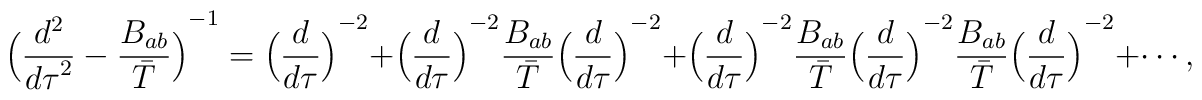
{\Bigl({d^2\over {d\tau}^2}-{B_{ab}\over \bar T}\Bigl)}^{-1}= {\Bigl({d\over {d\tau}}\Bigr)}^{-2}+{\Bigl({d\over {d\tau}}\Bigr)}^{-2}{B_{ab}\over \bar T}{\Bigl({d\over {d\tau}}\Bigr)}^{-2}+{\Bigl({d\over {d\tau}}\Bigr)}^{-2}{B_{ab}\over \bar T}{\Bigl({d\over {d\tau}}\Bigr)}^{-2}{B_{ab}\over \bar T}{\Bigl({d\over {d\tau}}\Bigr)}^{-2}+\cdots,